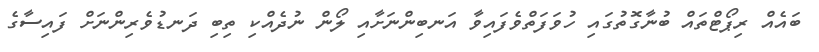
ބައެއް ރިޕޯޓްތައް ބުނާގޮތުގައި ހުވަފަތްވެފައިވާ އަނބިންނަށާއި ލޯން ނުދެއްކި ތިބި ދަނޑުވެރިންނަށް ފައިސާގެ